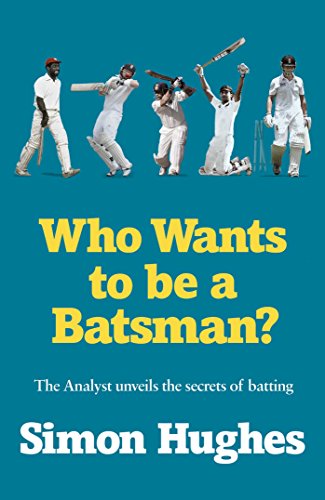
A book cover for Who Wants to be a Batsman?; Simon Hughes; Sports & Outdoors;